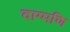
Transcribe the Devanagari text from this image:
वाग्मणि